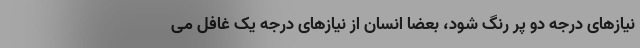
نیازهای درجه دو پر رنگ شود، بعضا انسان از نیازهای درجه یک غافل می